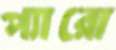
প্যারো